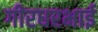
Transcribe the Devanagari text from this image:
गीरधरभाई